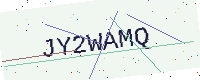
Text: JY2WAMQ